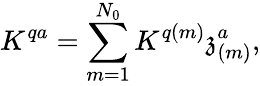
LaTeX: K^{qa}=\sum_{m=1}^{N_{0}}K^{q(m)}\mathfrak{z}_{(m)}^{a},